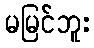
မမြင်ဘူး